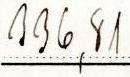
336,81